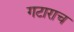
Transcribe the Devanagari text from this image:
गटाराच